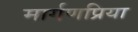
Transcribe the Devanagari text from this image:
मार्गणप्रिया